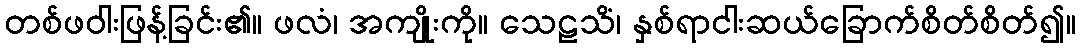
တစ်ဖဝါးဖြန့်ခြင်း၏။ ဖလံ၊ အကျိုးကို။ သေဠသိံ၊ နှစ်ရာငါးဆယ်ခြောက်စိတ်စိတ်၍။